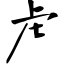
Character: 虍